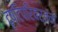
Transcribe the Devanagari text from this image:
दृष्टिपरिवर्तन